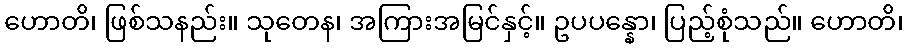
ဟောတိ၊ ဖြစ်သနည်း။ သုတေန၊ အကြားအမြင်နှင့်။ ဥပပန္နော၊ ပြည့်စုံသည်။ ဟောတိ၊